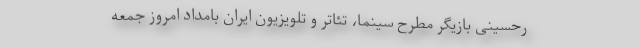
رحسینی بازیگر مطرح سینما، تئاتر و تلویزیون ایران بامداد امروز جمعه